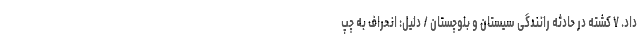
داد. ۷ کشته در حادثه رانندگی سیستان و بلوچستان / دلیل: انحراف به چپ